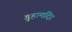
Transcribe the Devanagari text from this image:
गुहामंदिर